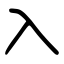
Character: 入